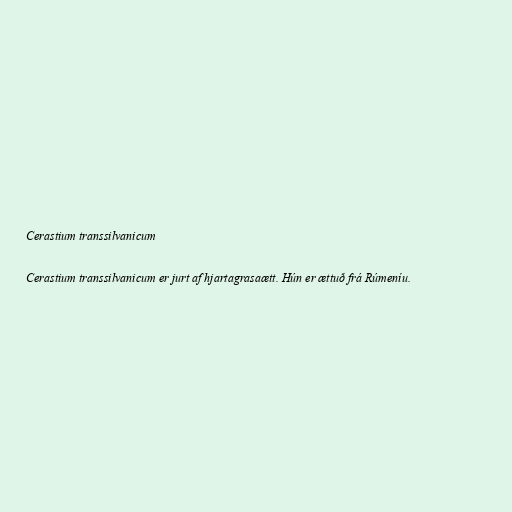
Cerastium transsilvanicum

Cerastium transsilvanicum er jurt af hjartagrasaætt. Hún er ættuð frá Rúmeníu.